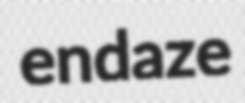
endaze